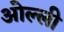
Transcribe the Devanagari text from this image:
ओल्ली